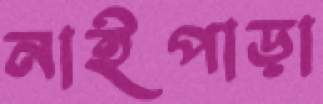
নাইপাড়া